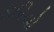
કઠીયો